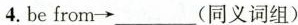
4.be from \rightarrow ___(同义词组)